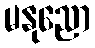
မနုညော